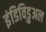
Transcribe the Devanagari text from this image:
इंडिविडुअल